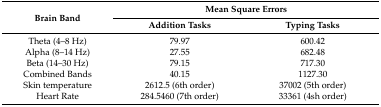
<table><thead><tr><td rowspan="2"><b>Brain Band</b></td><td colspan="2"><b>Mean Square Errors</b></td></tr><tr><td><b>Addition Tasks</b></td><td><b>Typing Tasks</b></td></tr></thead><tbody><tr><td>Theta (4–8 Hz)</td><td>79.97</td><td>600.42</td></tr><tr><td>Alpha (8–14 Hz)</td><td>27.55</td><td>682.48</td></tr><tr><td>Beta (14–30 Hz)</td><td>79.15</td><td>717.30</td></tr><tr><td>Combined Bands</td><td>40.15</td><td>1127.30</td></tr><tr><td>Skin temperature</td><td>2612.5 (6th order)</td><td>37002 (5th order)</td></tr><tr><td>Heart Rate</td><td>284.5460 (7th order)</td><td>33361 (4sh order)</td></tr></tbody></table>